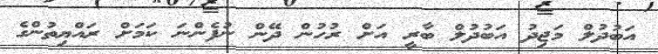
އަބުދުލް މަޖިދު އަބުދުލް ބާރީ އަށް ރުހުން ދޭން ނުފެންނަ ކަމަށް ރައްޔިތުންގެ